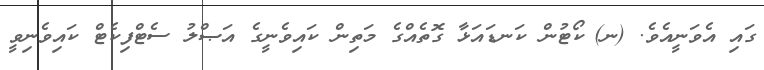
ގައި އެވަނީއެވެ. (ނ)	ކޯޓުން ކަނޑައަޅާ ގޮތެއްގެ މަތިން ކައިވެނީގެ އަޞްލު ސެޓްފިކެޓް ކައިވެނިވީ